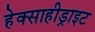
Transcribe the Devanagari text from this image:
हेक्साहीड्राइट